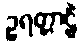
ဥရတ္တာဠိံ